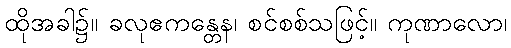
ထိုအခါ၌။ ခလုဧကန္တေန၊ စင်စစ်သဖြင့်။ ကုဏာလော၊